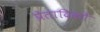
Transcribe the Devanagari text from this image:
प्रेतादिकों